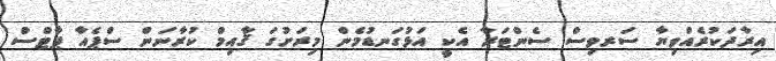
އިރާދަކުރެއްވިޔާ ސަރވިސް ސެންޓަރާ އެކީ އަޅުގަނޑުމެން މިރަށުގަ ޤާއިމް ކުރާނަން ސްޕެއާ ޕާޓްސް